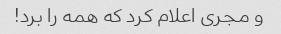
و مجری اعلام کرد که همه را برد!